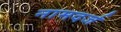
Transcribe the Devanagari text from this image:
नामदर्ज